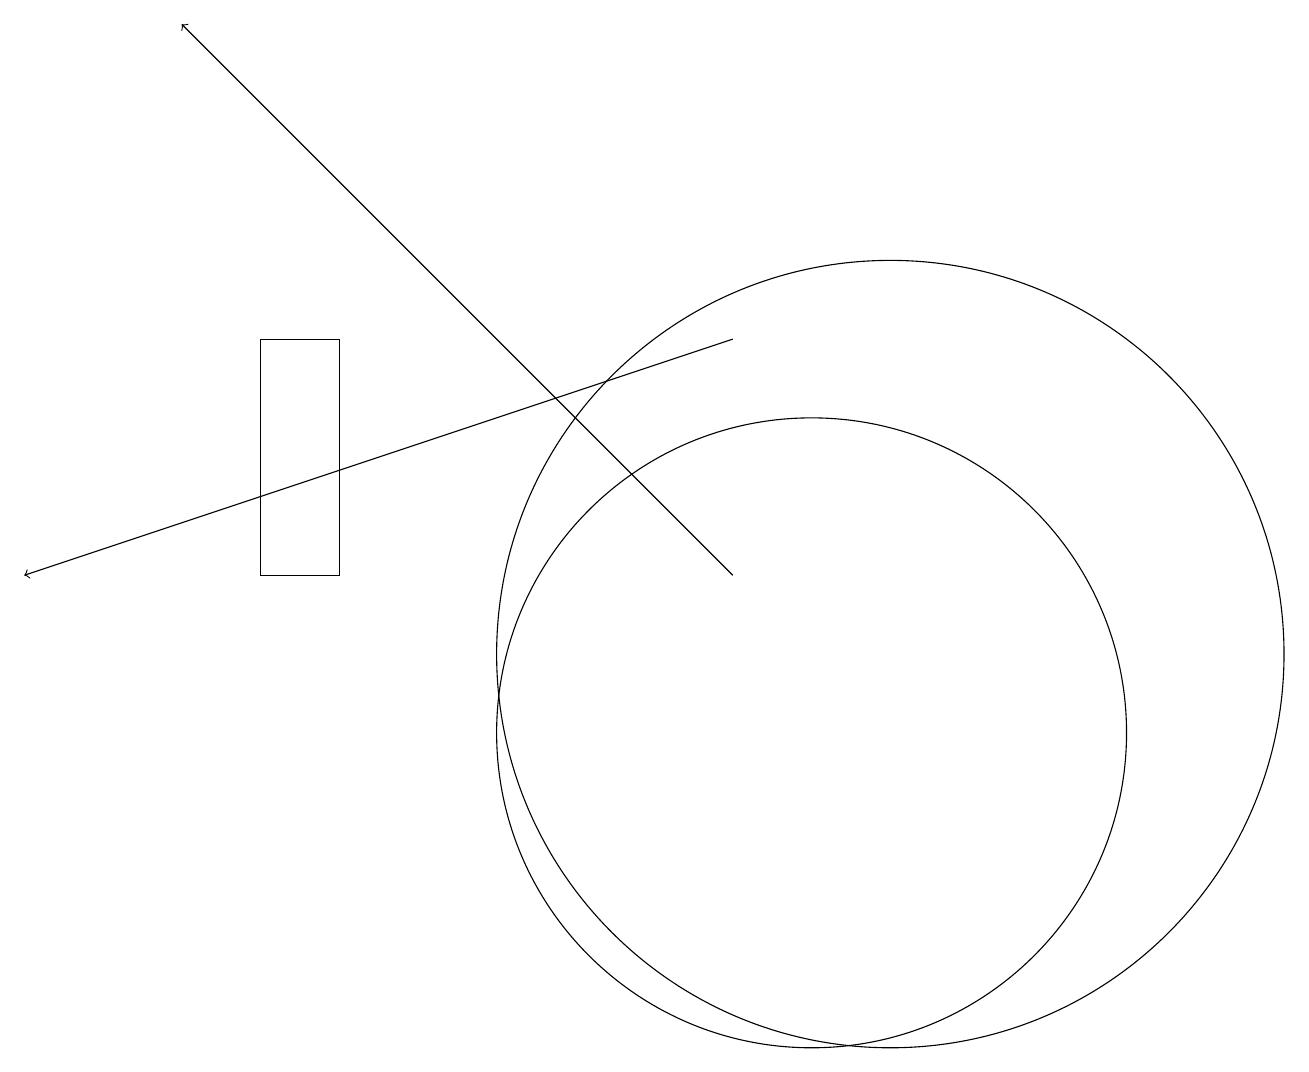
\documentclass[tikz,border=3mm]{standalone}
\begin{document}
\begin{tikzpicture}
\draw (4,12) rectangle (3,15);
\draw[->] (9,15) -- (0,12);
\draw (10,10) circle (0);
\draw (10,10) circle (4);
\draw[->] (9,12) -- (2,19);
\draw (11,11) circle (5);
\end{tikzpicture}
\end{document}